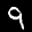
Label: 9